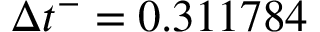
\Delta { t } ^ { - } = 0 . 3 1 1 7 8 4